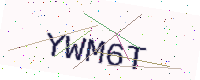
Text: YWM6T